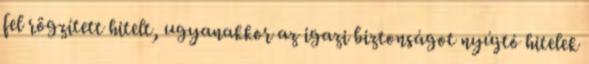
fel rögzített hitelt, ugyanakkor az igazi biztonságot nyújtó hitelek